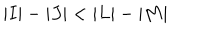
\vert I \vert - \vert J \vert < \vert L \vert - \vert M \vert